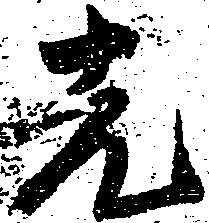
先